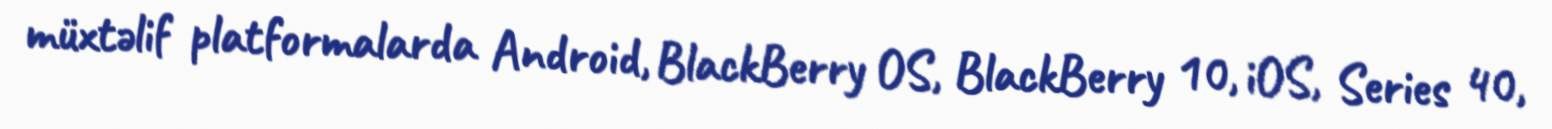
müxtəlif platformalarda Android, BlackBerry OS, BlackBerry 10, iOS, Series 40,